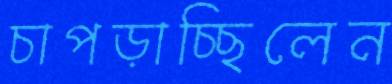
চাপড়াচ্ছিলেন